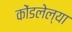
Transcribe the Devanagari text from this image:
कोंडलेल्या